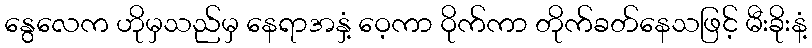
နွေလေက ဟိုမှသည်မှ နေရာအနှံ့ ဝေ့ကာ ဝိုက်ကာ တိုက်ခတ်နေသဖြင့် မီးခိုးနံ့